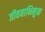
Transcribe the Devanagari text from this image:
जीवनाभिमुख